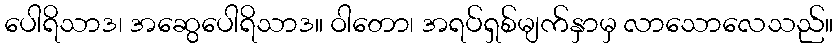
ပေါရိသာဒ၊ အဆွေပေါရိသာဒ။ ဝါတော၊ အရပ်ရှစ်မျက်နှာမှ လာသောလေသည်။